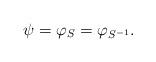
LaTeX: \begin{align*}\psi = \varphi_S = \varphi_{S^{-1}}.\end{align*}